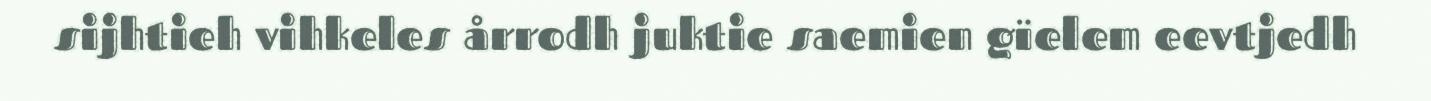
sijhtieh vihkeles årrodh juktie saemien gïelem eevtjedh